Report of veterinary surgeon J.H. Steel, A.V.D., on his investigation into an obscure and fatal disease among transport mules in British Burma
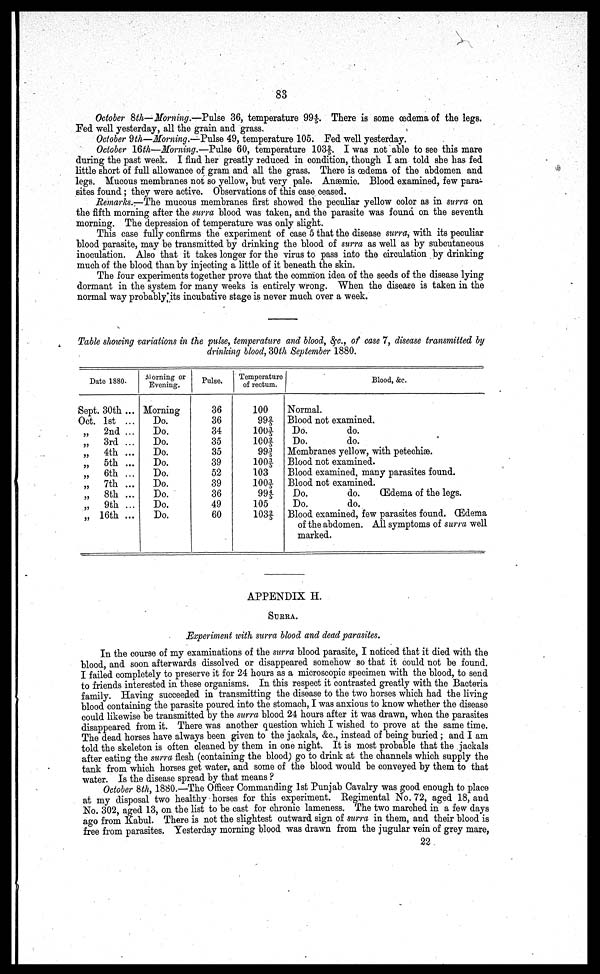
83
October 8th— Morning —Pulse 36, temperature 99 4/5. There is some oedema of the legs.
Fed well yesterday, all the grain and grass.
October 9th—Morning —Pulse 49, temperature 105. Fed well yesterday.
October 16th—Morning —Pulse 60, temperature 103 2/5. I was not able to see this mare
during the past week. I find her greatly reduced in condition, though I am told she has fed
little short of full allowance of gram and all the grass. There is oedema of the abdomen and
legs. Mucous membranes not so yellow, but very pale. Anaemic. Blood examined, few para-
sites found; they were active. Observations of this case ceased.
Remarks —The mucous membranes first showed the peculiar yellow color as in surra on
the fifth morning after the surra blood was taken, and the parasite was found on the seventh
morning. The depression of temperature was only slight.
This case fully confirms the experiment of case 5 that the disease surra, with its peculiar
blood parasite, may be transmitted by drinking the blood of surra as well as by subcutaneous
inoculation. Also that it takes longer for the virus to pass into the circulation by drinking
much of the blood than by injecting a little of it beneath the skin.
The four experiments together prove that the common idea of the seeds of the disease lying
dormant in the system for many weeks is entirely wrong. When the disease is taken in the
normal way probably its incubative stage is never much over a week.
Table showing variations in the pulse, temperature and blood, &c., of case 7, disease transmitted by
drinking blood, 30th September 1880.
Date 1880.
Sept. 30th ...
Oct. 1st ...
„
„
„
„
„
„
„
„
„
2nd ...
3rd ...
4th ...
5th ...
6th ...
7th ...
8th ...
9th ...
16th ...
Morning or
Evening.
Morning
Do.
Do.
Do.
Do.
Do.
Do.
Do.
Do.
Do.
Do.
Pulse.
36
36
34
35
35
39
52
39
36
49
60
Temperature
of rectum.
100
99 2/5
100 3/5
100 2/5
99 3/5
100 3/5
103
100 3/5
99 4/5
105
103 2/5
Blood, &c.
Normal.
Blood not examined.
Do.
do.
Do.
do.
Membranes yellow, with petechiæ.
Blood not examined.
Blood examined, many parasites found.
Blood not examined.
Do.
do. Œdema of the legs.
Do.
do.
Blood examined, few parasites found. Œdema
of the abdomen. All symptoms of surra well
marked.
APPENDIX H.
SURRA.
Experiment with surra blood and dead parasites.
In the course of my examinations of the surra blood parasite, I noticed that it died with the
blood, and soon afterwards dissolved or disappeared somehow so that it could not be found.
I failed completely to preserve it for 24 hours as a microscopic specimen with the blood, to send
to friends interested in these organisms. In this respect it contrasted greatly with the Bacteria
family. Having succeeded in transmitting the disease to the two horses which had the living
blood containing the parasite poured into the stomach, I was anxious to know whether the disease
could likewise be transmitted by the surra blood 24 hours after it was drawn, when the parasites
disappeared from it. There was another question which I wished to prove at the same time.
The dead horses have always been given to the jackals, &c., instead of being buried; and I am
told the skeleton is often cleaned by them in one night. It is most probable that the jackals
after eating the surra flesh (containing the blood) go to drink at the channels which supply the
tank from which horses get water, and some of the blood would be conveyed by them to that
water. Is the disease spread by that means ?
October 8th, 1880.—The Officer Commanding 1st Punjab Cavalry was good enough to place
at my disposal two healthy horses for this experiment. Regimental No. 72, aged 18, and
No. 302, aged 13, on the list to be cast for chronic lameness. The two marched in a few days
ago from Kabul. There is not the slightest outward sign of surra in them, and their blood is
free from parasites. Yesterday morning blood was drawn from the jugular vein of grey mare,
22